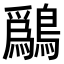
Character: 𫛔